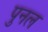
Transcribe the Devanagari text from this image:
पुनल